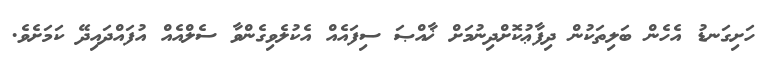
ހަށިގަނޑު އެހެން ބަލިތަކުން ދިފާޢުކޮށްދިނުމަށް ޚާއްޞަ ސިފައެއް އެކުލެވިގެންވާ ސެލްއެއް އުފައްދައިދޭ ކަމަށެވެ.